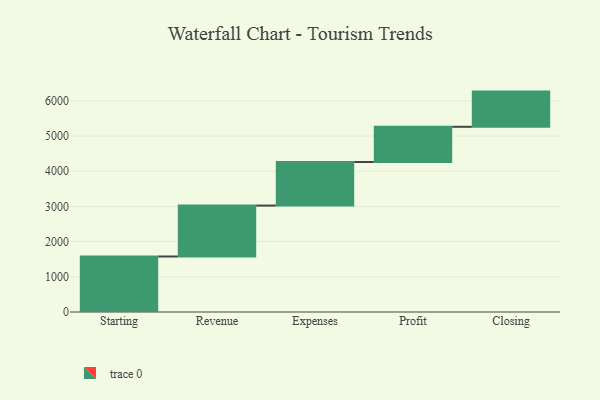
{"axis": {"x": "Step", "y": "Value"}, "legend": [""], "data": [{"x": "Starting", "y": 1577.0, "type": ""}, {"x": "Revenue", "y": 1447.0, "type": ""}, {"x": "Expenses", "y": 1239.0, "type": ""}, {"x": "Profit", "y": 1000, "type": ""}, {"x": "Closing", "y": 1000, "type": ""}]}